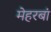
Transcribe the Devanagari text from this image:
मेहरबां